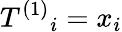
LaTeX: T^{(1)}{_{i}}=x_{i}